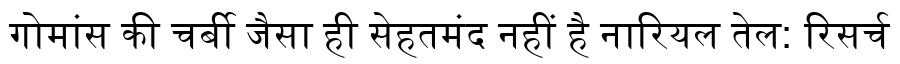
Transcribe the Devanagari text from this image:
गोमांस की चर्बी जैसा ही सेहतमंद नहीं है नारियल तेल: रिसर्च